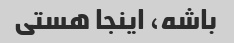
باشه، اینجا هستی